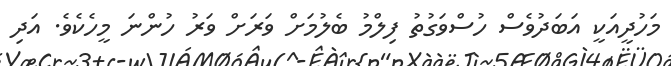
މަހުދީއަކީ އަބަދުވެސް ހުސްވަގުތު ފިލްމު ބެލުމަށް ވަރަށް ވަރު ހުންނަ މީހެކެވެ. އަދި